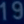
Transcribetheimage